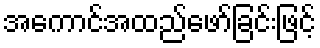
အကောင်အထည်ဖော်ခြင်းဖြင့်